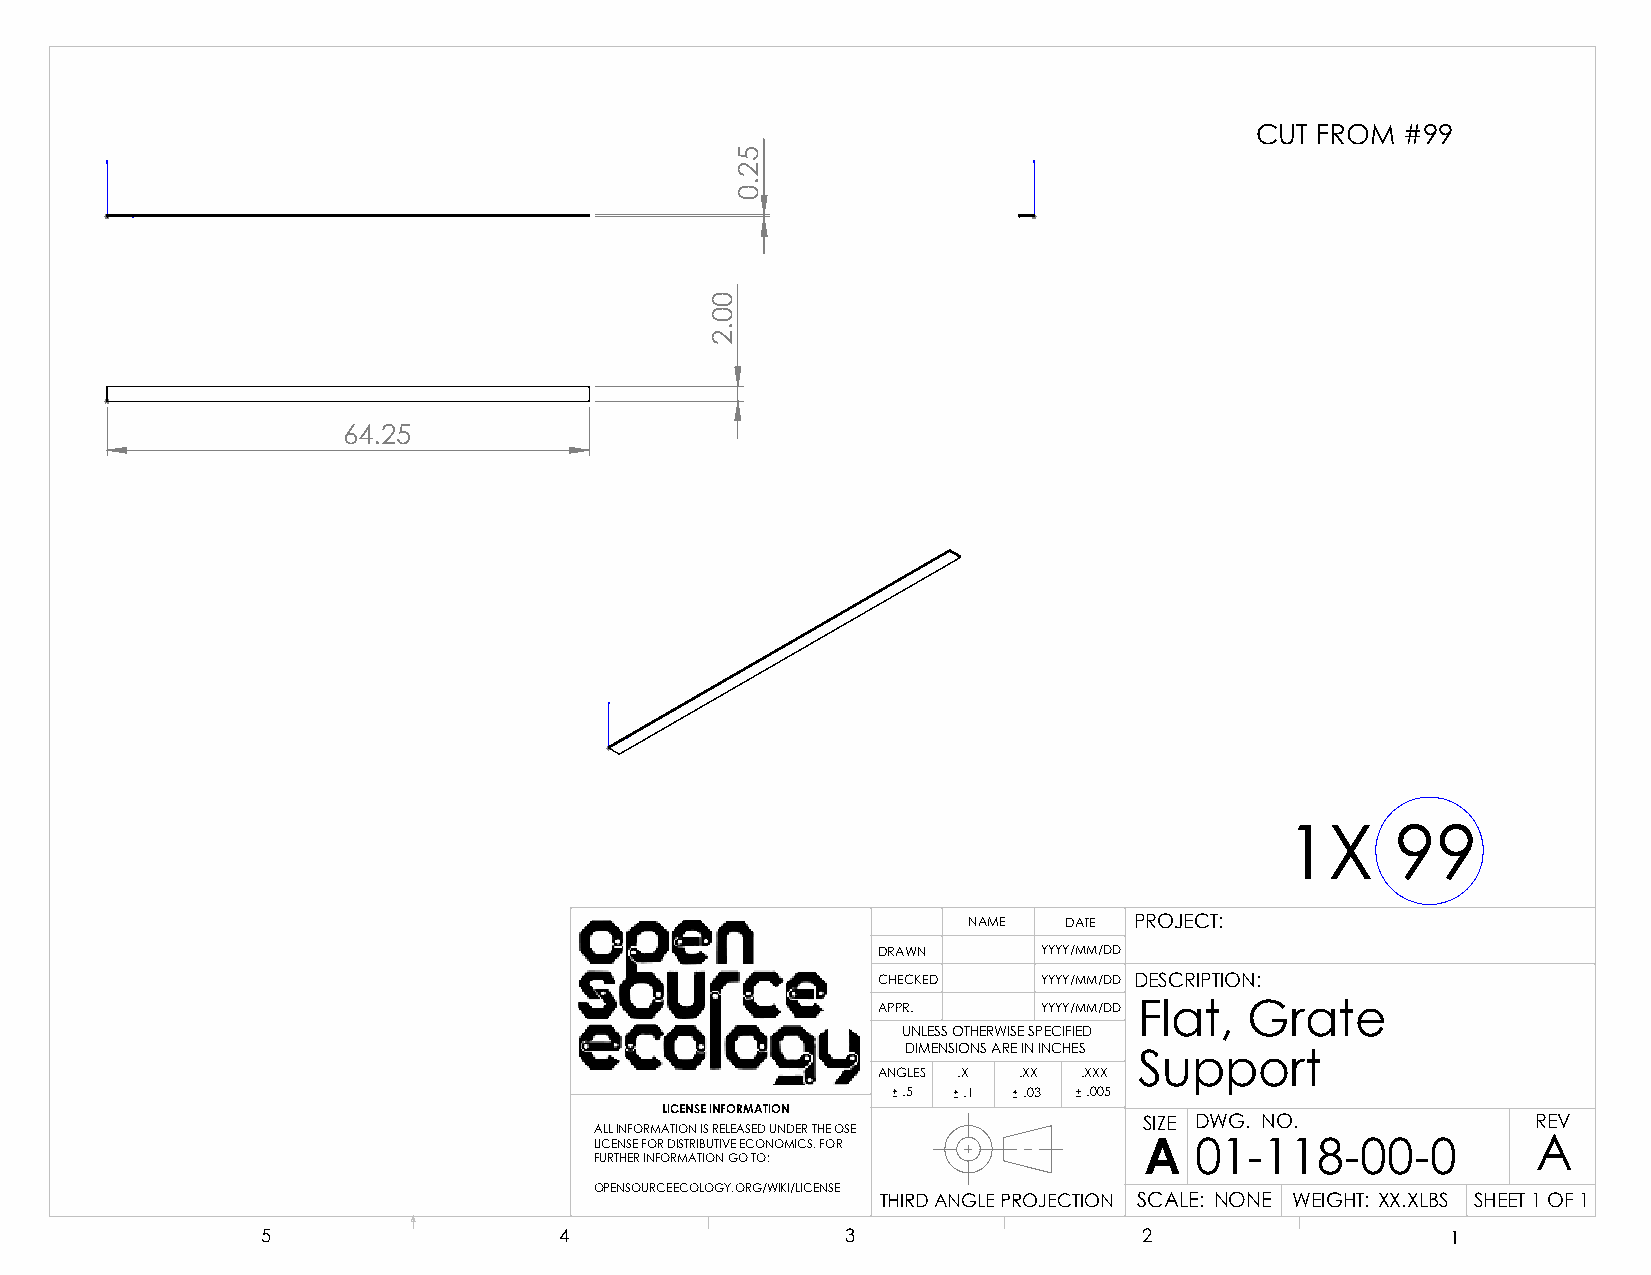
CUT FROM  #99
 64.25
 1X     99
 NAME  DATE PROJECT:
 DRAWN      YYYY/MM/DD
 CHECKED    YYYY/MM/DD DESCRIPTION:
 APPR.      YYYY/MM/DD Flat, Grate
 UNLESS OTHERWISE SPECIFIED
 DIMENSIONS ARE IN INCHES
 Support
 ANGLES .X .XX .XXX
 .5  .1  .03 .005
 LICENSE INFORMATION
 SIZE DWG. NO.             REV
 ALL INFORMATION IS RELEASED UNDER THE OSE
 LICENSE FOR DISTRIBUTIVE ECONOMICS. FOR A 01-118-00-0          A
 FURTHER INFORMATION GO TO:
 OPENSOURCEECOLOGY.ORG/WIKI/LICENSE
 THIRD ANGLE PROJECTION SCALE: NONE WEIGHT: XX.XLBS SHEET 1 OF 1
 5                   4                  3                   2                   1
 00.2
 52.0